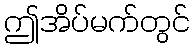
ဤအိပ်မက်တွင်